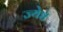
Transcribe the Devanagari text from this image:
ज्येष्ठं